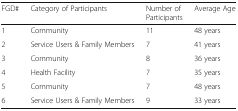
<table><thead><tr><td><b>FGD#</b></td><td><b>Category of Participants</b></td><td><b>Number of Participants</b></td><td><b>Average Age</b></td></tr></thead><tbody><tr><td>1</td><td>Community</td><td>11</td><td>48 years</td></tr><tr><td>2</td><td>Service Users &amp; Family Members</td><td>7</td><td>41 years</td></tr><tr><td>3</td><td>Community</td><td>8</td><td>36 years</td></tr><tr><td>4</td><td>Health Facility</td><td>7</td><td>35 years</td></tr><tr><td>5</td><td>Community</td><td>7</td><td>48 years</td></tr><tr><td>6</td><td>Service Users &amp; Family Members</td><td>9</td><td>33 years</td></tr></tbody></table>